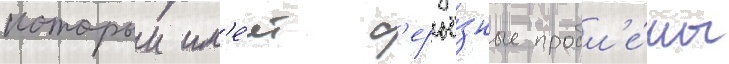
которыи им'е́ет с'ерьё́зные пробл'е́мы